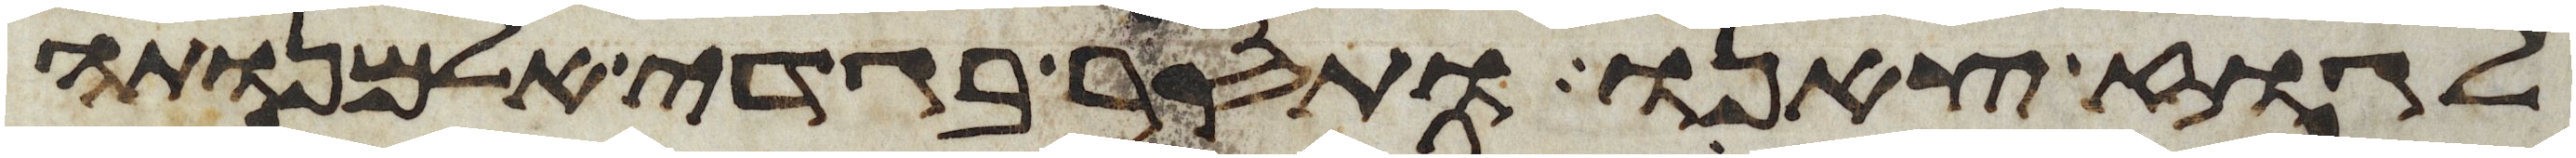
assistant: לגוז צאנו ותסר בגדי אלמנותה